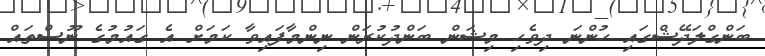
ބަންގްލަދޭޝްގައި ހުންނަ ދިވެހި މިޝަން ބަންދުކުރަން ނިންމާފައިވާ ކަމަށް އެ ގައުމުގެ ނޫސްތައް